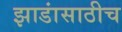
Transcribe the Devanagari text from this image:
झाडांसाठीच